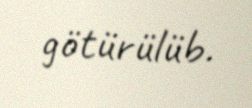
götürülüb.